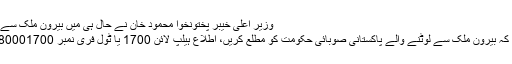
وزیر اعلیٰ خیبر پختونخوا محمود خان نے حال ہی میں بیرون ملک سے لوٹنے والے پاکستانیوں
کو ہدایت جاری کی ہے کہ بیرون ملک سے لوٹنے والے پاکستانی صوبائی حکومت کو مطلع کریں، اطلاع ہیلپ لائن 1700 یا ٹول فری نمبر 080001700 پر دی جا سکتی ہے۔